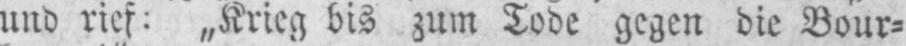
und rief: „Krieg bis zum Tode gegen die Bour⸗